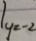
y = - 2